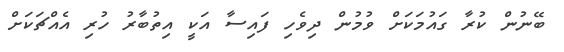
ބޭނުން ކުރާ ގައުމަކަށް ވުމުން ދިވެހި ފައިސާ އަކީ އިތުބާރު ހުރި އެއްޗަކަށް